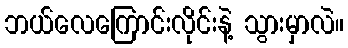
ဘယ်လေကြောင်းလိုင်းနဲ့ သွားမှာလဲ။